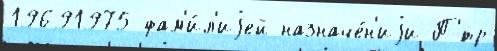
19691975 фам'и́л'иjей назначе́н'иjи П'́тр